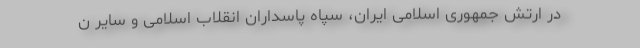
در ارتش جمهوری اسلامی ایران، سپاه پاسداران انقلاب اسلامی و سایر ن